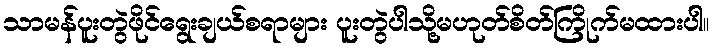
သာမန်ပူးတွဲဖိုင်ရွေးချယ်စရာများ ပူးတွဲပါသို့မဟုတ်စိတ်ကြိုက်မထားပါ။